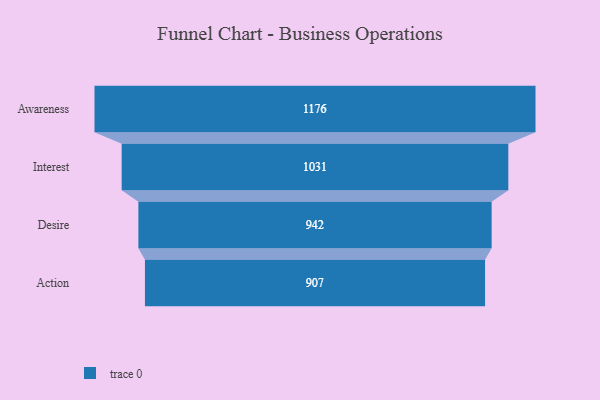
{"axis": {"x": "Stage", "y": "Value"}, "legend": [""], "data": [{"x": "Awareness", "y": 1176.0, "type": ""}, {"x": "Interest", "y": 1031.0, "type": ""}, {"x": "Desire", "y": 942.0, "type": ""}, {"x": "Action", "y": 907.0, "type": ""}]}